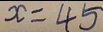
x = 4 5